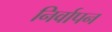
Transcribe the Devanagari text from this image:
निर्वापन